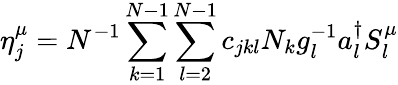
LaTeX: \eta_{j}^{\mu}=N^{-1}\sum_{k=1}^{N-1}\sum_{l=2}^{N-1}c_{jkl}N_{k}g_{l}^{-1}a_{l}^{\dagger}S_{l}^{\mu}